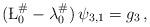
LaTeX: \begin{align*} (\L_0^\# -\lambda_0^\#)\, \psi_{3,1}= g_3 \, ,\end{align*}